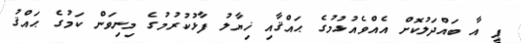
ޕީ އާ ބައްދަލުކޮށް އެއްވެއުޅުމުގެ ޙައްޤާއި ޚިޔާލު ފާޅުކުރުމުގެ މިނިވަން ކަމުގެ ޙައްޤު